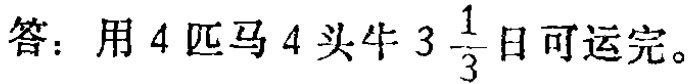
答：用 \(4\) 匹马 \(4\) 头牛 \(3\frac{1}{3}\) 日可运完。